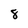
Character: 8